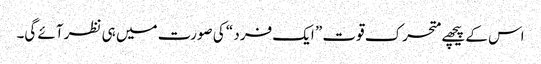
اس کے پیچھے متحرک قوت ” ایک فرد “ کی صورت میں ہی نظر آئے گی۔